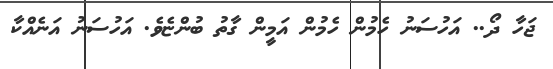
ޖަހާ ދޯ.. އަހުސަނު ހެމުން ހެމުން އަމީން ގާތު ބުންޏެވެ. އަހުސަނު އަނެއްކާ